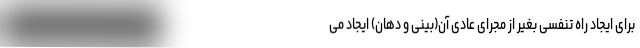
برای ایجاد راه تنفسی بغیر از مجرای عادی آن(بینی و دهان) ایجاد می‌